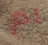
لم